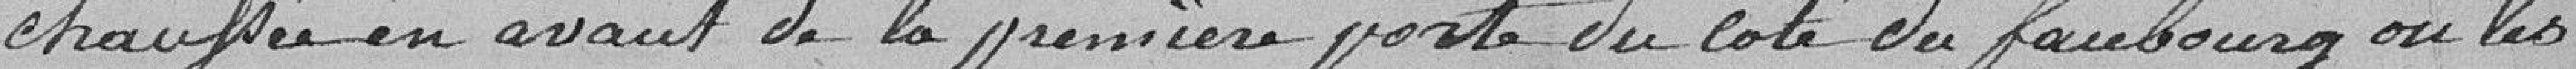
chaussée en avant de la première porte du côté du faubourg ou les